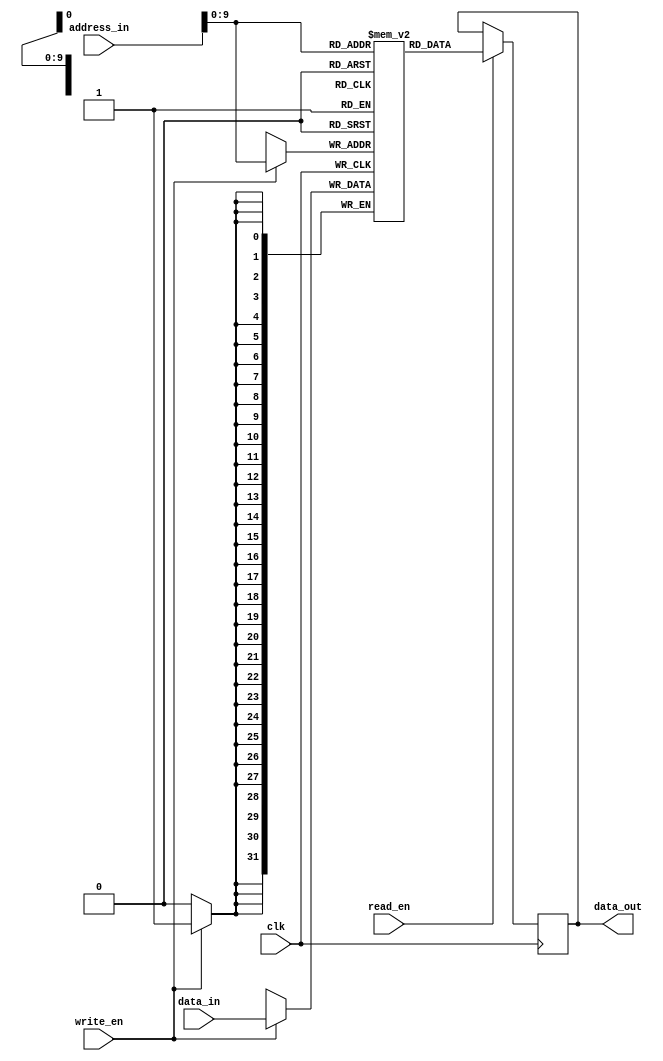
module MemoryBlock_RLDRAM (
  input wire [31:0] address_in,
  input wire [31:0] data_in,
  input wire write_en,
  input wire read_en,
  input wire clk,
  output reg [31:0] data_out
);

  // Instantiate memory blocks with reduced latency
  reg [31:0] memory [0:1023]; // Memory block with 1024 words

  always @(posedge clk) begin
    // Implement read operation
    if (read_en) begin
      data_out <= memory[address_in];
    end
    
    // Implement write operation
    if (write_en) begin
      memory[address_in] <= data_in;
    end
  end
endmodule